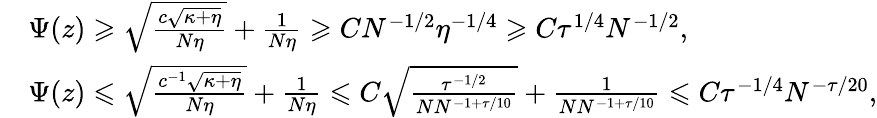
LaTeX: \begin{array}{rl}&{\Psi(z)\geqslant\sqrt{\frac{c\sqrt{\kappa+\eta}}{N\eta}}+\frac{1}{N\eta}\geqslant CN^{-1/2}\eta^{-1/4}\geqslant C\tau^{1/4}N^{-1/2},}\\ &{\Psi(z)\leqslant\sqrt{\frac{c^{-1}\sqrt{\kappa+\eta}}{N\eta}}+\frac{1}{N\eta}\leqslant C\sqrt{\frac{\tau^{-1/2}}{NN^{-1+\tau/10}}}+\frac{1}{NN^{-1+\tau/10}}\leqslant C\tau^{-1/4}N^{-\tau/20},}\end{array}